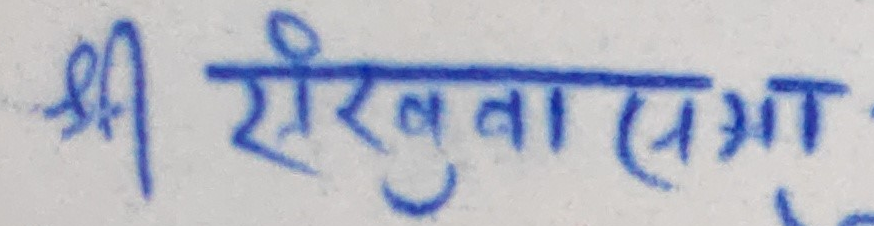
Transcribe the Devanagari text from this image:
श्री रिखुवा(सभाग